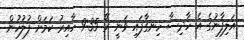
އަލިފާނުގެ އެ ހާދިސާ ހިނގާފައި ވަނީ ރޭ 9:35 ހާއިރު ކަމަށް ފުލުހުން